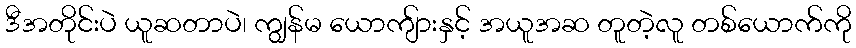
ဒီအတိုင်းပဲ ယူဆတာပဲ၊ ကျွန်မ ယောကျ်ားနှင့် အယူအဆ တူတဲ့လူ တစ်ယောက်ကို